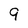
Character: 9